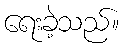
ရေးခဲ့သည်။